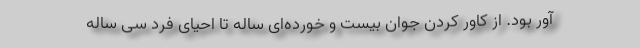
آور بود. از کاور کردن جوان بیست و خورده‌ای ساله تا احیای فرد سی ساله